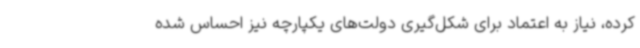
کرده، نیاز به اعتماد برای شکل‌گیری دولت‌های یکپارچه نیز احساس شده